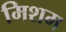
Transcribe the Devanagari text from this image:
मिशम